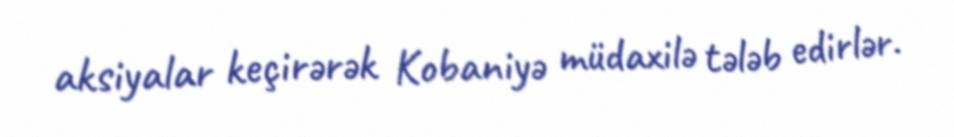
aksiyalar keçirərək Kobaniyə müdaxilə tələb edirlər.